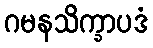
ဂမနသိက္ခာပဒံ